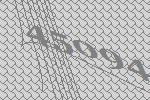
45094